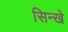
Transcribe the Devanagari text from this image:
सिन्खे